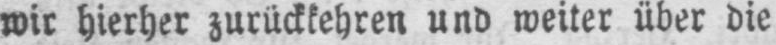
wir hierher zurückkehren und weiter über die